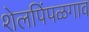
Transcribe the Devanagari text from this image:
शेलपिंपळगाव